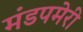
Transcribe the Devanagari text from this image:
मंडपमेरी